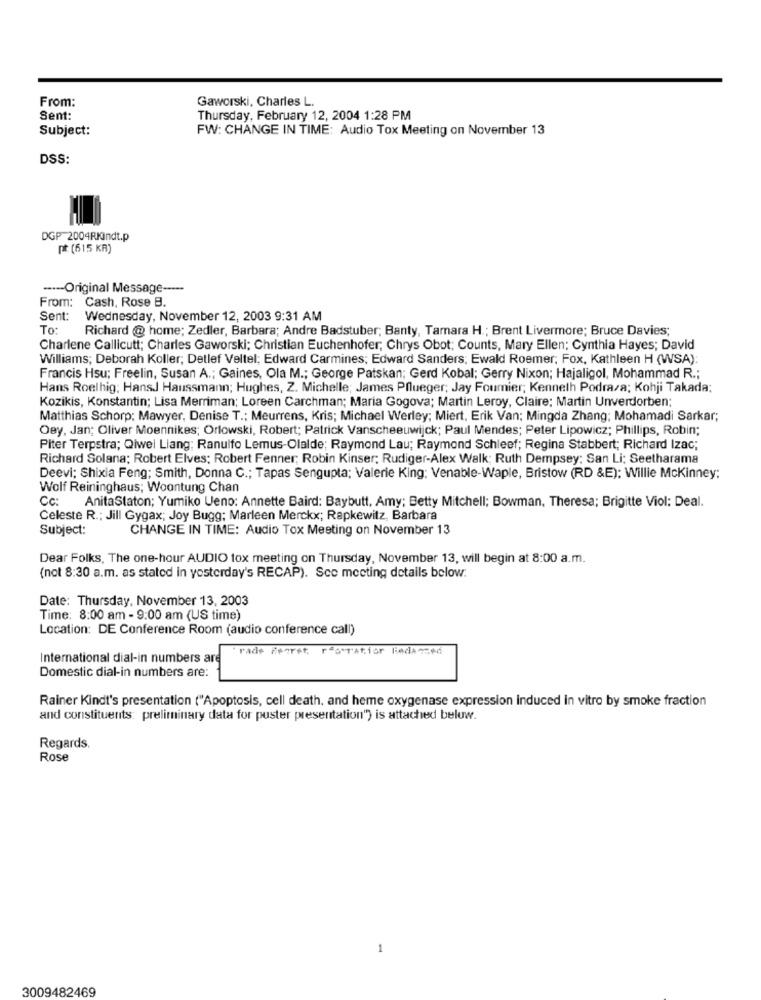
From:
Gaworski, Charles L.
Sent:
Thursday, February 12, 2004 1:28 PM
Subject:
FW: CHANGE IN TIME: Audio Tox Meeting on November 13
DSS:
DGP 2004RKindt.p
pt: (615 KR)
----- Original Message -----
From: Cash, Rose B.
Sent:
Wednesday, November 12, 2003 9:31 AM
To:
Richard @ home; Zedler, Barbara; Andre Badstuber; Banty, Tamara H .; Brent Livermore; Bruce Davies;
Charlene Callicutt; Charles Gaworski; Christian Euchenhofer; Chrys Obot; Counts, Mary Ellen; Cynthia Hayes; David
Williams; Deborah Koller; Detlef Veltel: Edward Carmines; Edward Sanders; Ewald Roemer; Fox, Kathleen H (WSA):
Francis Hsu; Freelin, Susan A .; Gaines, Ola M .; George Patskan; Gerd Kobal; Gerry Nixon; Hajaligol, Mohammad R .;
Hans Roelhig; HansJ Haussmann; Hughes, Z. Michelle; James Pflueger; Jay Foumier; Kenneth Podraza; Kohji Takada;
Kozikis, Konstantin; Lisa Merriman; Loreen Carchman; Maria Gogova; Martin Leroy, Claire: Martin Unverdorben:
Matthias Schorp: Mawyer, Denise T .; Meurrens, Kris; Michael Werley; Miert, Erik Van; Mingda Zhang; Mohamadi Sarkar;
Oey, Jan; Oliver Moennikes; Orlowski, Robert; Patrick Vanscheeuwijck; Paul Mendes; Peter Lipowicz; Phillips, Robin;
Piter Terpstra; Qiwel Liang; Ranulfo Lemus-Olalde; Raymond Lau; Raymond Schleef; Regina Stabbert; Richard Izac;
Richard Solana; Robert Elves; Robert Fenner; Robin Kinser; Rudiger-Alex Walk; Ruth Dempsey: San Li; Seetharama
Deevi; Shixia Feng; Smith, Donna C .; Tapas Sengupta; Valerie King: Venable-Waple, Bristow (RD &E); Willie Mckinney;
Wolf Reininghaus; Woontung Chan
Cc: AnitaStaton; Yumiko Ueno: Annette Baird: Baybutt, Amy; Betty Mitchell; Bowman, Theresa; Brigitte Viol: Deal.
Celeste R .: Jill Gygax; Joy Bugg; Marleen Merckx; Rapkewitz, Barbara
Subject:
CHANGE IN TIME: Audio Tox Meeting on November 13
Dear Folks, The one-hour AUDIO tox meeting on Thursday, November 13, will begin at 8:00 a.m.
(not 8:30 a.m. as stated in yesterday's RECAP). Sco meeting details below:
Date: Thursday, November 13, 2003
Time: 8:00 am - 9:00 am (US time)
Location: DE Conference Room (audio conference call)
Trade Feeret. rfo ratior Redanzed
International dial-in numbers are
Domestic dial-in numbers are:
Rainer Kindt's presentation ("Apoptosis, cell death, and heme oxygenase expression induced in vitro by smoke fraction
and constituents: preliminary data for poster presentation") is attached below.
Regards.
Rose
3009482469